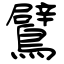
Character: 鷿